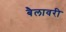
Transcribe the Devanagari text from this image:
बैलावरी